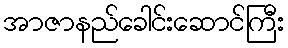
အာဇာနည်ခေါင်းဆောင်ကြီး